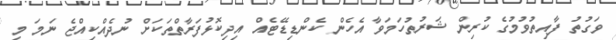
ވަގުތު ފާއިތުވުމުގެ ކުރިން ޝަރުތުހަމަވާ އެހެން ކެންޑިޑޭޓެއް އިދިކޮޅުފަރާތްތަކަށް ނުދެއްކިއްޖެ ނަމަ މި